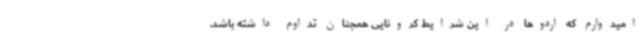
امیدوارم که اردوها در این شرایط کرونایی همچنان تداوم داشته باشد.